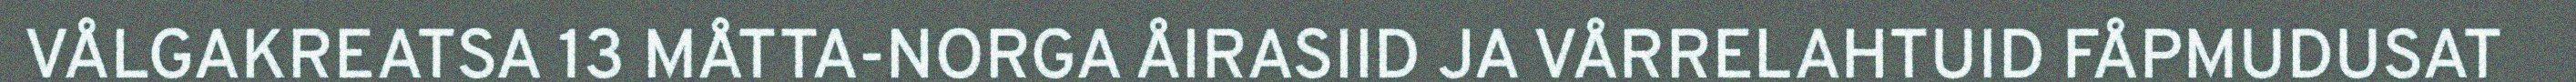
VÅLGAKREATSA 13 MÅTTA-NORGA ÅIRASIID JA VÅRRELAHTUID FÅPMUDUSAT